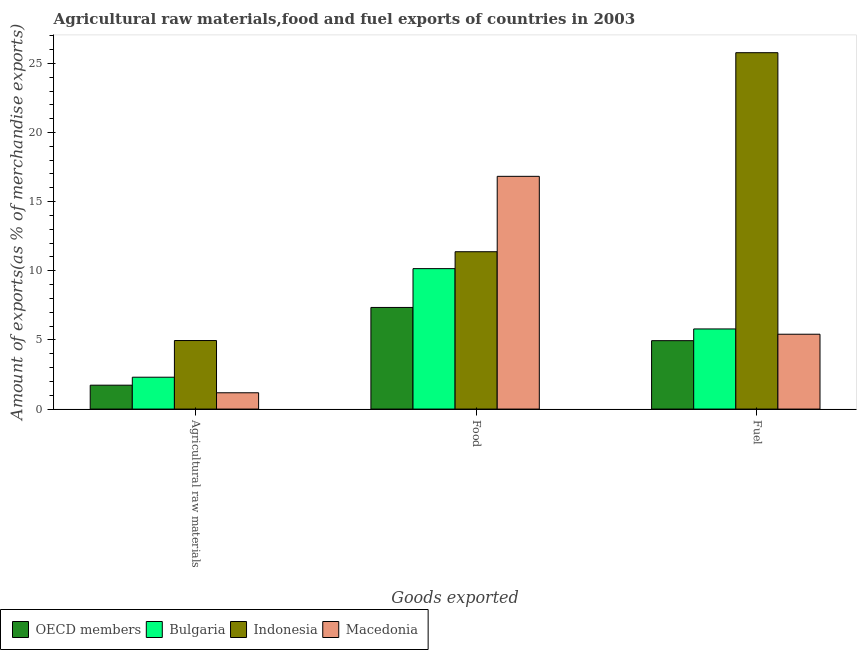
| Goods exported | OECD members | Bulgaria | Indonesia | Macedonia |
 | --- | --- | --- | --- | --- |
 | Agricultural raw materials | 1.73 | 2.3 | 4.96 | 1.18 |
 | Food | 7.35 | 10.2 | 11.4 | 16.8 |
 | Fuel | 4.95 | 5.79 | 25.8 | 5.41 |